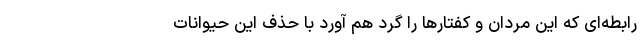
رابطه‌ای که این مردان و کفتار‌ها را گرد هم آورد با حذف این حیوانات